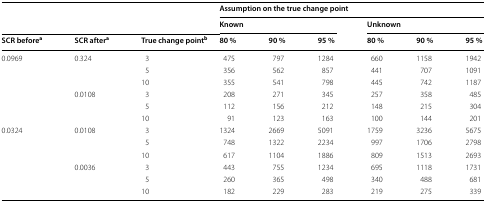
<table><thead><tr><td rowspan="2"></td><td rowspan="2"></td><td rowspan="2"></td><td colspan="6"><b>Assumption on the true change point</b></td></tr><tr><td colspan="3"><b>Known</b></td><td colspan="3"><b>Unknown</b></td></tr><tr><td><b>SCR before<sup>a</sup></b></td><td><b>SCR after<sup>a</sup></b></td><td><b>True change point<sup>b</sup></b></td><td><b>80 %</b></td><td><b>90 %</b></td><td><b>95 %</b></td><td><b>80 %</b></td><td><b>90 %</b></td><td><b>95 %</b></td></tr></thead><tbody><tr><td>0.0969</td><td>0.324</td><td>3</td><td>475</td><td>797</td><td>1284</td><td>660</td><td>1158</td><td>1942</td></tr><tr><td></td><td></td><td>5</td><td>356</td><td>562</td><td>857</td><td>441</td><td>707</td><td>1091</td></tr><tr><td></td><td></td><td>10</td><td>355</td><td>541</td><td>798</td><td>445</td><td>742</td><td>1187</td></tr><tr><td></td><td>0.0108</td><td>3</td><td>208</td><td>271</td><td>345</td><td>257</td><td>358</td><td>485</td></tr><tr><td></td><td></td><td>5</td><td>112</td><td>156</td><td>212</td><td>148</td><td>215</td><td>304</td></tr><tr><td></td><td></td><td>10</td><td>91</td><td>123</td><td>163</td><td>100</td><td>144</td><td>201</td></tr><tr><td>0.0324</td><td>0.0108</td><td>3</td><td>1324</td><td>2669</td><td>5091</td><td>1759</td><td>3236</td><td>5675</td></tr><tr><td></td><td></td><td>5</td><td>748</td><td>1322</td><td>2234</td><td>997</td><td>1706</td><td>2798</td></tr><tr><td></td><td></td><td>10</td><td>617</td><td>1104</td><td>1886</td><td>809</td><td>1513</td><td>2693</td></tr><tr><td></td><td>0.0036</td><td>3</td><td>443</td><td>755</td><td>1234</td><td>695</td><td>1118</td><td>1731</td></tr><tr><td></td><td></td><td>5</td><td>260</td><td>365</td><td>498</td><td>340</td><td>488</td><td>681</td></tr><tr><td></td><td></td><td>10</td><td>182</td><td>229</td><td>283</td><td>219</td><td>275</td><td>339</td></tr></tbody></table>